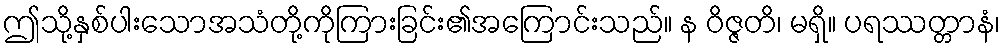
ဤသို့နှစ်ပါးသောအသံတို့ကိုကြားခြင်း၏အကြောင်းသည်။ န ဝိဇ္ဇတိ၊ မရှိ။ ပရဿတ္တာနံ၊